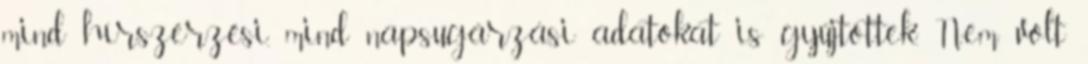
mind hírszerzési, mind napsugárzási adatokat is gyűjtöttek. Nem volt